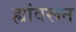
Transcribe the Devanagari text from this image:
ह्यांवरून